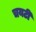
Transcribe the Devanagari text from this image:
चयटी